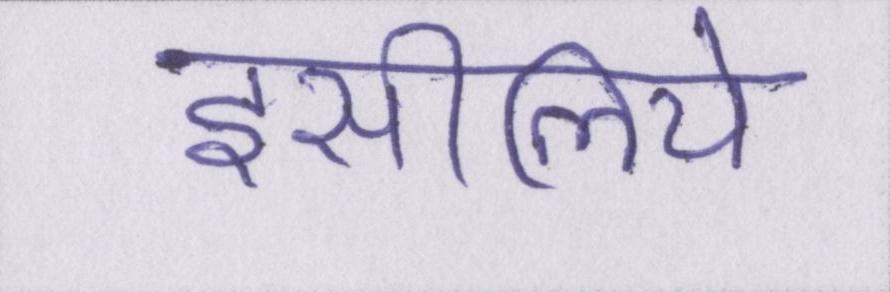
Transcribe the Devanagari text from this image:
इसीलिये